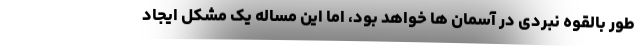
طور بالقوه نبردی در آسمان ها خواهد بود، اما این مساله یک مشکل ایجاد